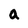
Character: a